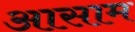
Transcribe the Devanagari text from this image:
अासाम